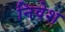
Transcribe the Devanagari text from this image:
निवेश